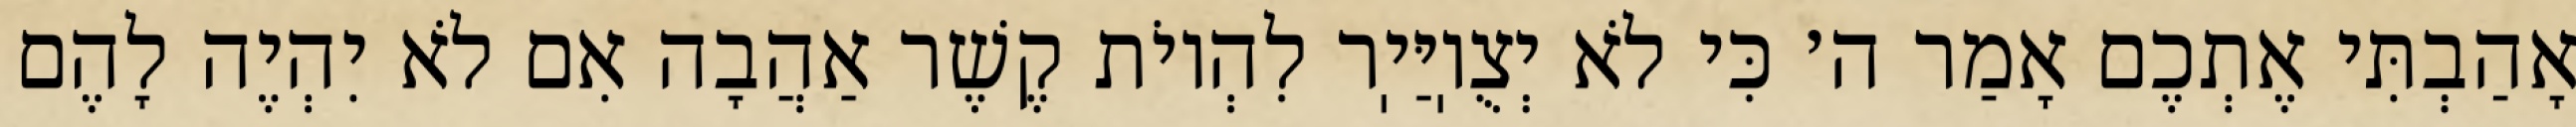
אָהַבְתִּי אֶתְכֶם אָמַר ה׳ כִּי לֹא יְצֻוֽיַּיֽר לִהְיוֹת קֶשֶׁר אַהֲבָה אִם לֹא יִהְיֶה לָהֶם